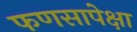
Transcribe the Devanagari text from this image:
फणसापेक्षा